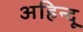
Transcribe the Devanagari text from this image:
अहिन्दू